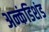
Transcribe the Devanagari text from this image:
अन्कंडिशंड